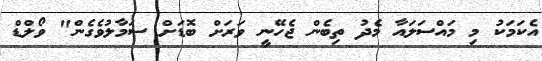
އެކަމަކު މި މައްސަލައާ މެދު ތިބެން ޖެހޭނީ ވަރަށް ބޮޑަށް ސަމާލުވެގެން" ވޯލްޑް